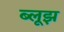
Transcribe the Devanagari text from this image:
ब्लूझ